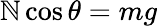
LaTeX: \mathbb{N}\cos\theta=mg